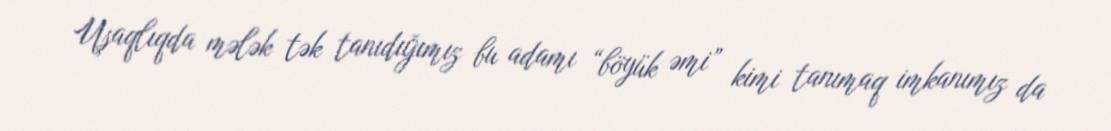
Uşaqlıqda mələk tək tanıdığımız bu adamı “böyük əmi” kimi tanımaq imkanımız da